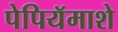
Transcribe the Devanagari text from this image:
पेपियॅमाशे